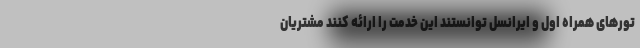
تورهای همراه اول و ایرانسل توانستند این خدمت را ارائه کنند مشتریان